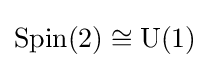
\operatorname {Spin} (2)\cong \operatorname {U} (1)